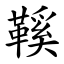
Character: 鞵